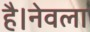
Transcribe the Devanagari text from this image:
है।नेवला